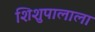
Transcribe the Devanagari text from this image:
शिशुपालाला